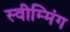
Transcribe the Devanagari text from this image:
स्वीम्मिंग